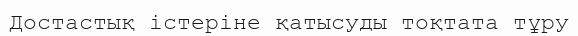
Достастық істеріне қатысуды тоқтата тұру